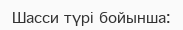
Шасси түрі бойынша: